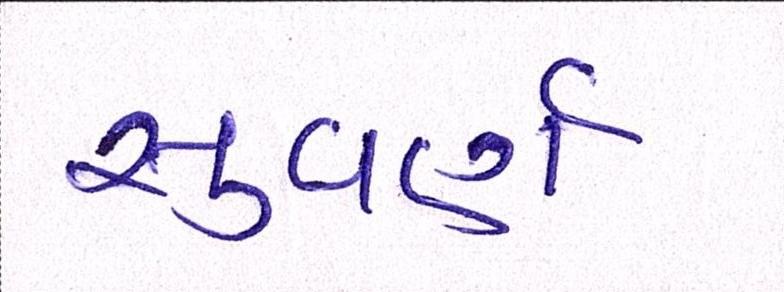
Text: સુવર્ણ